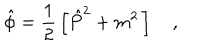
LaTeX: \hat { \phi } = \frac { 1 } { 2 } \, \left[ \hat { P } ^ { 2 } + m ^ { 2 } \, \right] ,